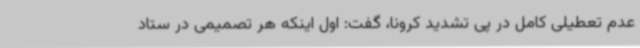
عدم تعطیلی کامل در پی تشدید کرونا، گفت: اول اینکه هر تصمیمی در ستاد